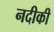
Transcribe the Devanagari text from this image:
नदीकी